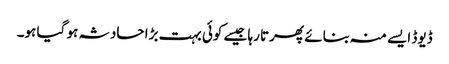
ڈیوڈ ایسے منہ بنائے پھرتا رہا جیسے کوئی بہت بڑا حادثہ ہو گیا ہو۔